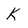
Character: K